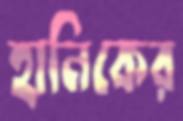
হানিকের